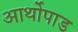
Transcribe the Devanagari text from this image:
आर्थोपाड